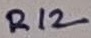
Text: R12